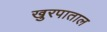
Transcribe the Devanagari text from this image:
खुरपाताल